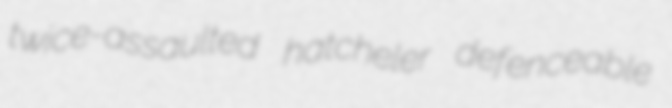
twice-assaulted hatcheler defenceable